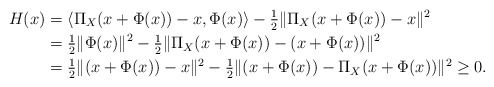
\begin{align*}H(x) & = \langle\Pi_{X}(x+\Phi(x)) - x, \Phi(x) \rangle - \tfrac{1}{2}\|\Pi_{X}(x+\Phi(x))-x\|^2\\& = \tfrac{1}{2} \|\Phi(x)\|^2 - \tfrac{1}{2}\|\Pi_{X}(x+\Phi(x))-(x+\Phi(x))\|^2 \\& = \tfrac{1}{2} \|(x+\Phi(x))-x\|^2 - \tfrac{1}{2}\|(x+\Phi(x))-\Pi_{X}(x+\Phi(x))\|^2 \geq 0.\end{align*}